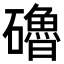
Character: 𥗆